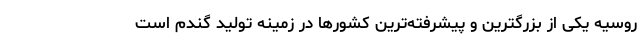
روسیه یکی از بزرگترین و پیشرفته‌ترین کشورها در زمینه تولید گندم است